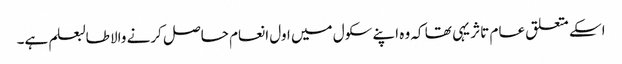
اسکے متعلق عام تاثر یہی تھا کہ وہ اپنے سکول میں اول انعام حاصل کرنے والا طالبعلم ہے۔